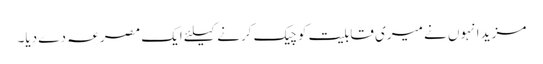
مزید انہوں نے میری قابلیت کو چیک کرنے کیلئے ایک مصرعہ دے دِیا۔